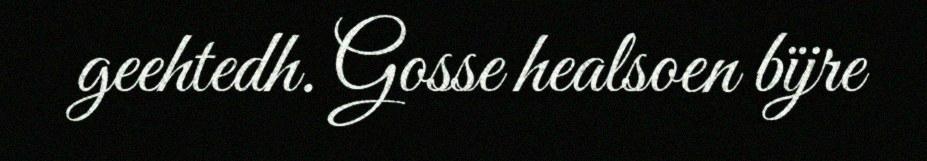
geehtedh. Gosse healsoen bïjre